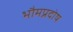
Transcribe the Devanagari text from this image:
भौमप्रदोष